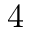
4